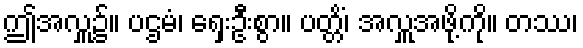
ဤအလှူ၌။ ပဌမံ၊ ရှေးဦးစွာ။ ပတ္တိံ၊ အလှူအဖို့ကို။ တဿ၊